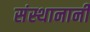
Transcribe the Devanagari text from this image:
संस्थानानी